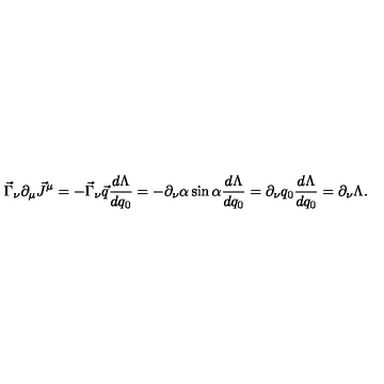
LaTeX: \vec { \Gamma } _ { \nu } \partial _ { \mu } \vec { J } ^ { \mu } = - \vec { \Gamma } _ { \nu } \vec { q } \frac { d \Lambda } { d q _ { 0 } } = - \partial _ { \nu } \alpha \sin \alpha \frac { d \Lambda } { d q _ { 0 } } = \partial _ { \nu } q _ { 0 } \frac { d \Lambda } { d q _ { 0 } } = \partial _ { \nu } \Lambda .